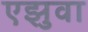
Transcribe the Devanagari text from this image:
एझुवा